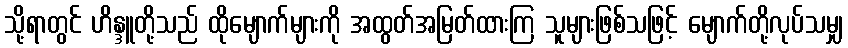
သို့ရာတွင် ဟိန္ဒူတို့သည် ထိုမျောက်များကို အထွတ်အမြတ်ထားကြ သူများဖြစ်သဖြင့် မျောက်တို့လုပ်သမျှ